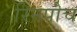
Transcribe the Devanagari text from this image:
रिनपोच